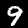
Label: 9